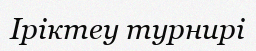
Іріктеу турнирі